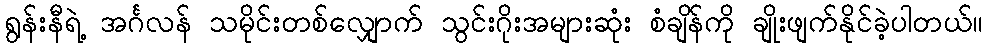
ရွန်းနီရဲ့ အင်္ဂလန် သမိုင်းတစ်လျှောက် သွင်းဂိုးအများဆုံး စံချိန်ကို ချိုးဖျက်နိုင်ခဲ့ပါတယ်။